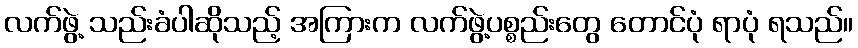
လက်ဖွဲ့ သည်းခံပါဆိုသည့် အကြားက လက်ဖွဲ့ပစ္စည်းတွေ တောင်ပုံ ရာပုံ ရသည်။